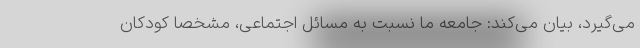
می‌گیرد، بیان می‌کند: جامعه ما نسبت به مسائل اجتماعی، مشخصا کودکان